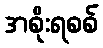
အစိုးရစစ်